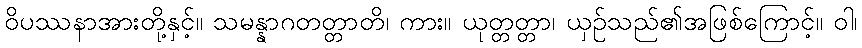
ဝိပဿနာအားတို့နှင့်။ သမန္နာဂတတ္တာတိ၊ ကား။ ယုတ္တတ္တာ၊ ယှဉ်သည်၏အဖြစ်ကြောင့်။ ဝါ၊